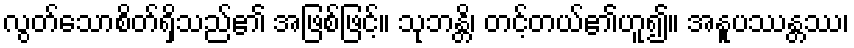
လွတ်သောစိတ်ရှိသည်၏ အဖြစ်ဖြင့်။ သုဘန္တိ၊ တင့်တယ်၏ဟူ၍။ အနူပဿန္တဿ၊